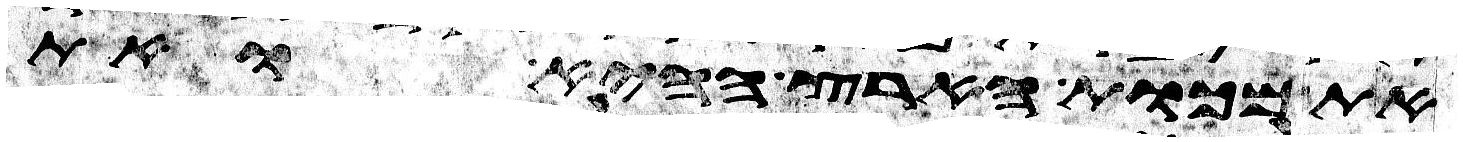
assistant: את מכות הארץ ההיא ואת